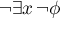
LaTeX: \neg \exists x \, \neg \phi